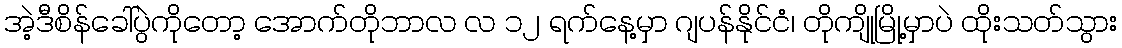
အဲ့ဒီစိန်ခေါ်ပွဲကိုတော့ အောက်တိုဘာလ လ ၁၂ ရက်နေ့မှာ ဂျပန်နိုင်ငံ၊ တိုကျိုမြို့မှာပဲ ထိုးသတ်သွား